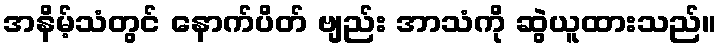
အနိမ့်သံတွင် နောက်ပိတ် ဗျည်း အာသံကို ဆွဲယူထားသည်။